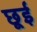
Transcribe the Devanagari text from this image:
छूई